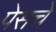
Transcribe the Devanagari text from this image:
पेसचे